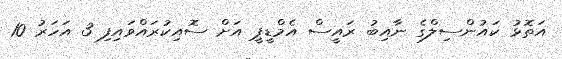
އަތޮޅު ކައުންސިލްގެ ނާއިބު ރައީސް އެމްޑީޕީ އަށް ސޮއިކުރައްވައިފި 3 އަހަރު 10